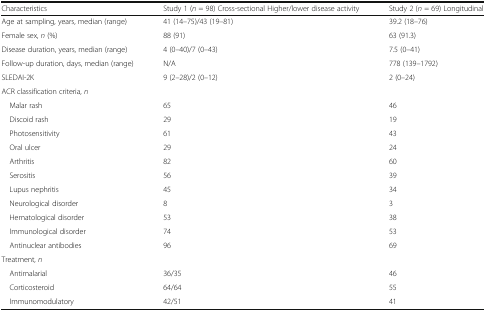
| Characteristics | Study 1 (n = 98) Cross-sectional Higher/lower disease activity | Study 2 (n = 69) Longitudinal |
 | --- | --- | --- |
 | Age at sampling, years, median (range) | 41 (14–75)/43 (19–81) | 39.2 (18–76) |
 | Female sex, n (%) | 88 (91) | 63 (91.3) |
 | Disease duration, years, median (range) | 4 (0–40)/7 (0–43) | 7.5 (0–41) |
 | Follow-up duration, days, median (range) | N/A | 778 (139–1792) |
 | SLEDAI-2K | 9 (2–28)/2 (0–12) | 2 (0–24) |
 | <COLSPAN=3> ACR classification criteria, n |
 | Malar rash | 65 | 46 |
 | Discoid rash | 29 | 19 |
 | Photosensitivity | 61 | 43 |
 | Oral ulcer | 29 | 24 |
 | Arthritis | 82 | 60 |
 | Serositis | 56 | 39 |
 | Lupus nephritis | 45 | 34 |
 | Neurological disorder | 8 | 3 |
 | Hematological disorder | 53 | 38 |
 | Immunological disorder | 74 | 53 |
 | Antinuclear antibodies | 96 | 69 |
 | <COLSPAN=3> Treatment, n |
 | Antimalarial | 36/35 | 46 |
 | Corticosteroid | 64/64 | 55 |
 | Immunomodulatory | 42/51 | 41 |